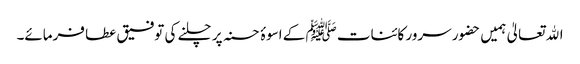
اﷲ تعالیٰ ہمیں حضور سرور کائنات ﷺ کے اسوۂ حسنہ پر چلنے کی توفیق عطا فرمائے۔